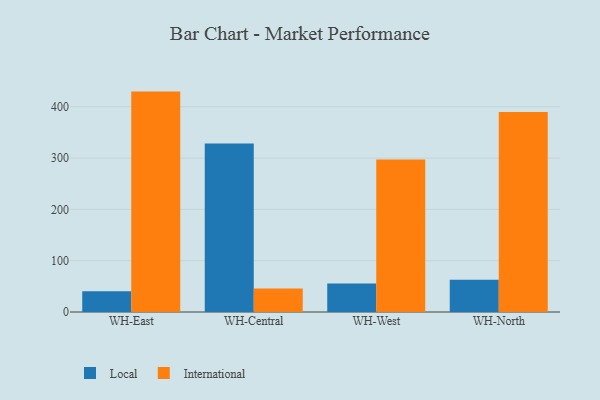
{"axis": {"x": "Warehouse", "y": "Humidity (%)"}, "legend": ["International", "Local"], "data": [{"x": "WH-East", "y": 40.3, "type": "Local"}, {"x": "WH-East", "y": 429.6, "type": "International"}, {"x": "WH-Central", "y": 328.4, "type": "Local"}, {"x": "WH-Central", "y": 45.8, "type": "International"}, {"x": "WH-West", "y": 55.6, "type": "Local"}, {"x": "WH-West", "y": 297.4, "type": "International"}, {"x": "WH-North", "y": 62.7, "type": "Local"}, {"x": "WH-North", "y": 389.9, "type": "International"}]}